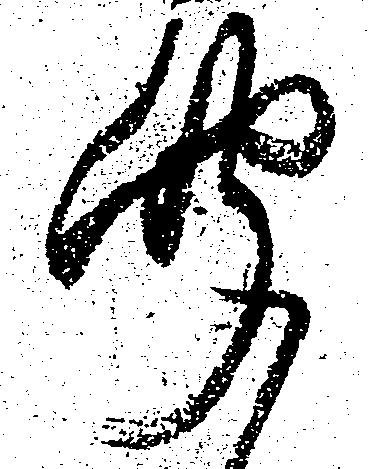
聞